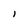
Character: l